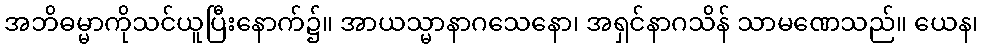
အဘိဓမ္မာကိုသင်ယူပြီးနောက်၌။ အာယသ္မာနာဂသေနော၊ အရှင်နာဂသိန် သာမဏေသည်။ ယေန၊